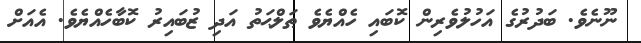
ނޫނެވެ. ބަދުރުގެ އަހުލުވެރިން ކޮބައި ހެއްޔެވެ ޠަލްޙަތު އަދި ޒުބައިރު ކޮބާހެއްޔެވެ. އެއަށް